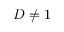
D \neq 1